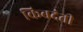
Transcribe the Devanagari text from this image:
किबदंती